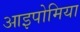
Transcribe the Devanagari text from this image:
आइपोमिया